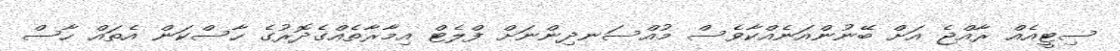
ސިޓީއެއް ރާއްޖެ އަށް ބޭނުންއަނެއްކާވެސް މުއްސަނދިންނަށް ފްލެޓް އިމާރާތެއްގެދޮރުގެ ހާސްކަން އެތައް ހާސް